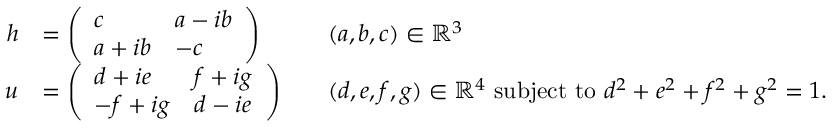
{ \begin{array} { r l r l } { h } & { = { \left( \begin{array} { l l } { c } & { a - i b } \\ { a + i b } & { - c } \end{array} \right) } } & & { ( a , b , c ) \in \mathbb { R } ^ { 3 } } \\ { u } & { = { \left( \begin{array} { l l } { d + i e } & { f + i g } \\ { - f + i g } & { d - i e } \end{array} \right) } } & & { ( d , e , f , g ) \in \mathbb { R } ^ { 4 } { \mathrm { ~ s u b j e c t ~ t o ~ } } d ^ { 2 } + e ^ { 2 } + f ^ { 2 } + g ^ { 2 } = 1 . } \end{array} }